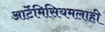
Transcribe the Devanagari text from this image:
आर्टेमिसियमलाही